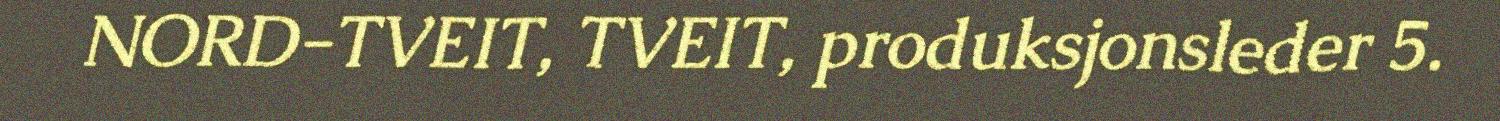
NORD-TVEIT, TVEIT, produksjonsleder 5.